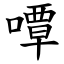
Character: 嘾